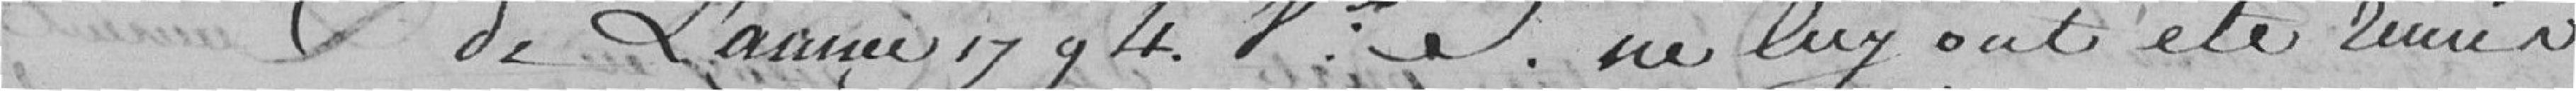
de l'année 1794. Ceux qui lui ont été remis